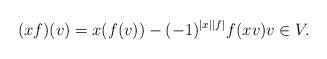
LaTeX: \begin{align*}(xf)(v)=x (f(v))-(-1)^{|x||f|} f(x v) v \in V.\end{align*}